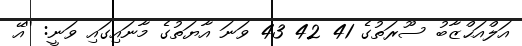
އަލްއަޙްޒާބު ސޫރަތުގެ 41 42 43 ވަނަ އާޔަތުގެ މާނައިގައި ވަނީ: ''އޭ